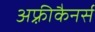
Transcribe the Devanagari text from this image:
अफ़्रीकैनर्स